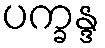
ပက္ခန္ဒ